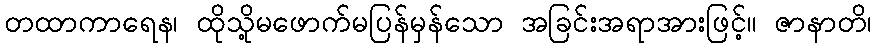
တထာကာရေန၊ ထိုသို့မဖောက်မပြန်မှန်သော အခြင်းအရာအားဖြင့်။ ဇာနာတိ၊